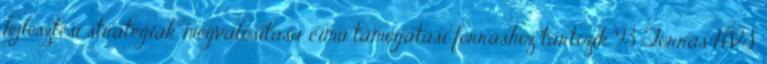
fejlesztési stratégiák megvalósítása című támogatási forráshoz tartozik 93 Forrás:HVS